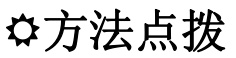
\( \bigodot \)方法点拨